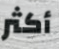
أكثر